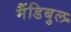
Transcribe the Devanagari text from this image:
मैंडिबुल